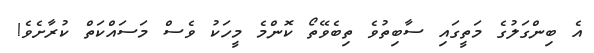
އެ ބިންގަލުގެ މަތީގައި ސާބިތުވެ ތިބެވޭތޯ ކޮންމެ މީހަކު ވެސް މަސައްކަތް ކުރާށެވެ!